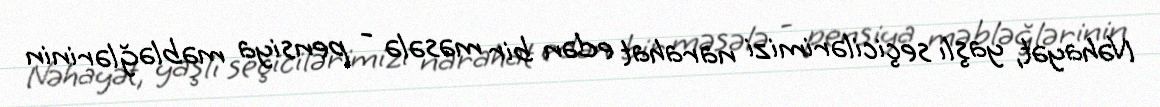
Nəhayət, yaşlı seçicilərimizi narahat edən bir məsələ - pensiya məbləğlərinin